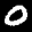
Label: 0